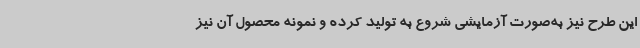
این طرح نیز به‌صورت آزمایشی شروع به تولید کرده و نمونه محصول آن نیز